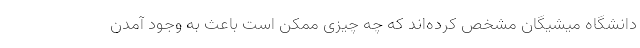
دانشگاه میشیگان مشخص کرده‌اند که چه چیزی ممکن است باعث به وجود آمدن